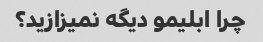
چرا ابلیمو دیگه نمیزازید؟